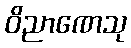
ဝိညာဏေသု